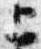
上